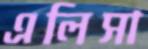
এলিসা